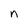
Character: n